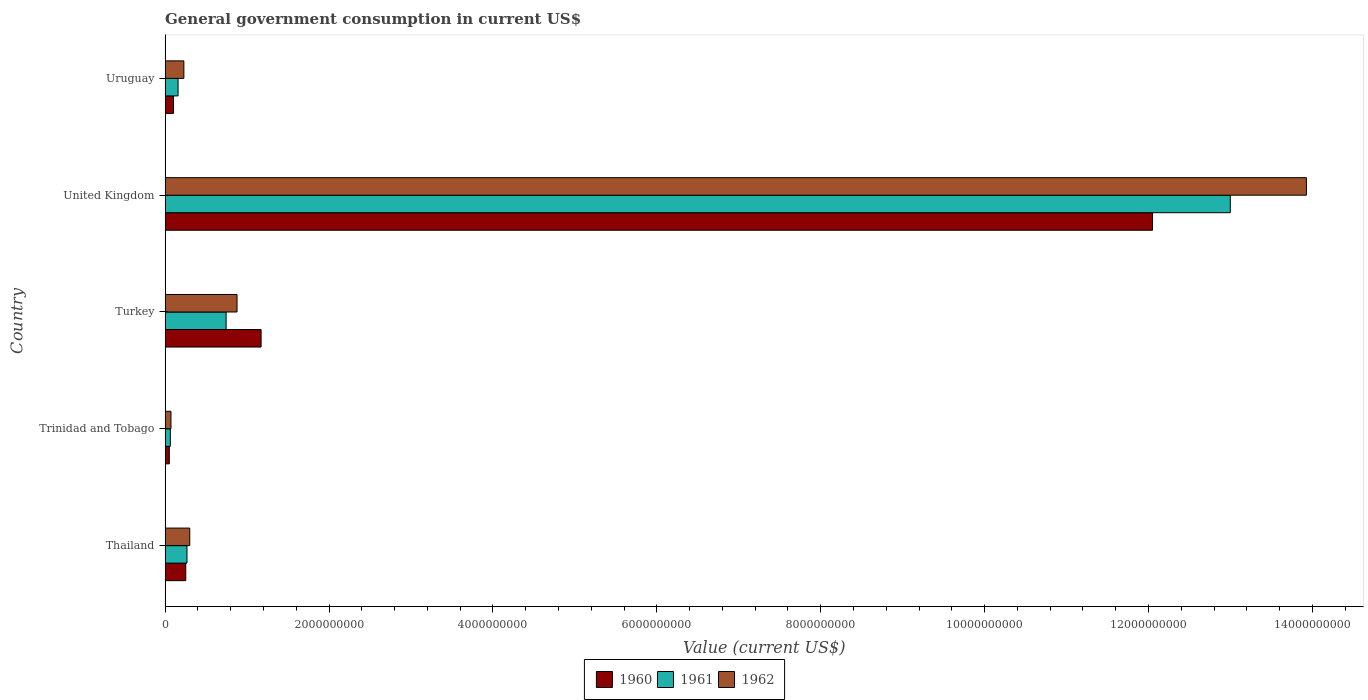
| Country | 1960 | 1961 | 1962 |
 | --- | --- | --- | --- |
 | Thailand | 2.52e+08 | 2.67e+08 | 3.01e+08 |
 | Trinidad and Tobago | 5.12e+07 | 6.39e+07 | 7.16e+07 |
 | Turkey | 1.17e+09 | 7.44e+08 | 8.78e+08 |
 | United Kingdom | 1.2e+10 | 1.3e+10 | 1.39e+10 |
 | Uruguay | 1.03e+08 | 1.58e+08 | 2.29e+08 |